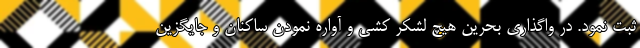
ثبت نمود. در واگذاری بحرین هیچ لشکر کشی و آواره نمودن ساکنان و جایگزین